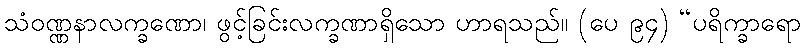
သံဝဏ္ဏနာလက္ခဏော၊ ဖွင့်ခြင်းလက္ခဏာရှိသော ဟာရသည်။ (ပေ ၉၄) “ပရိက္ခာရော